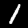
Digit: 1